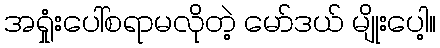
အရှုံးပေါ်စရာမလိုတဲ့ မော်ဒယ် မျိုးပေါ့။